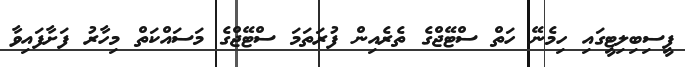
ފީސިބިލިޓީގައި ހިމެނޭ ހަތް ސްޓޭޖްގެ ތެރެއިން ފުރަތަމަ ސްޓޭޖްގެ މަސައްކަތް މިހާރު ފަށާފައިވާ